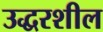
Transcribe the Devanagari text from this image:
उद्धरशील